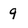
Character: 9